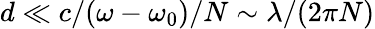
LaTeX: d\ll c/(\omega-\omega_{0})/N\sim\lambda/(2\pi N)